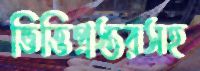
ভিত্তিপ্রস্তরসহ